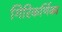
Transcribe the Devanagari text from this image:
गिरिकर्णिका